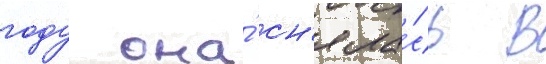
году она́ сн'яла́сь в